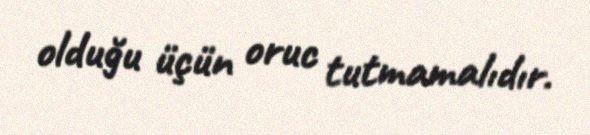
olduğu üçün oruc tutmamalıdır.